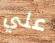
علي